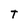
Character: T